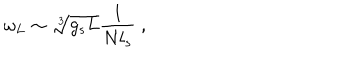
LaTeX: \omega _ { L } \sim \sqrt [ [object Object] ] ] { g _ { s } L } { \frac { 1 } { N l _ { s } } } ~ ,